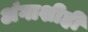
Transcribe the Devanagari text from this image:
अंगाशीही